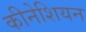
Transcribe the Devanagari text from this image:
कीनेशियन